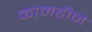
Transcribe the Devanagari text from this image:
कामहीन